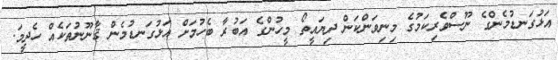
އަޅުގަނޑުމެންގެ ނޫސްވެރިކަމުގެ މިނިވަންކަން ދިޔައީތޯ މީހުންގެ އަބުރާ ބެހުމަށް އަޅުގަނޑުމެން ޤާނޫނުތަކެއް ހެދީމަ.